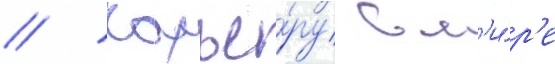
// Карье́ру в м'и́р'е